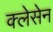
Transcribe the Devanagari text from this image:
क्लेसेन